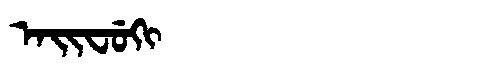
Manchu: ᠠᡳᠸᡠᡴᡳ
Romanization: AIFUKI